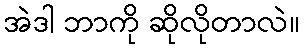
အဲဒါ ဘာကို ဆိုလိုတာလဲ။